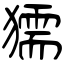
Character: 獳